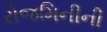
રોજમિનીની